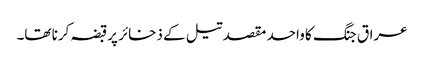
عراق جنگ کا واحد مقصد تیل کے ذخائر پرقبضہ کرنا تھا۔